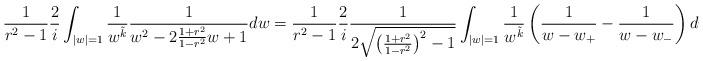
LaTeX: \begin{align*} \frac{1}{r^2-1}\frac{2}{i}\int_{|w|=1} \frac{1}{w^{\tilde{k}}}\frac{1}{w^{2}-2\frac{1+r^2}{1-r^{2}}w+1} dw= \frac{1}{r^2-1}\frac{2}{i} \frac{1}{2\sqrt{\left(\frac{1+r^2}{1-r^{2}}\right)^{2}-1}}\int_{|w|=1} \frac{1}{w^{\tilde{k}}}\left(\frac{1}{w-w_{+}} - \frac{1}{w-w_{-}}\right) dw.\end{align*}